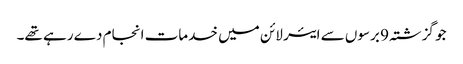
جو گزشتہ 9 برسوں سے ایئر لائن میں خدمات انجام دے رہے تھے۔